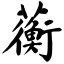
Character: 蘅